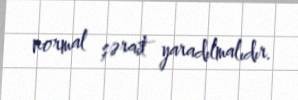
normal şərait yaradılmalıdır.